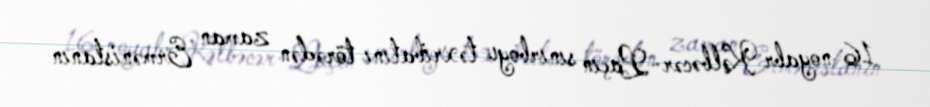
16 noyabr Kəlbəcər-Laçın sınırboyu təxribatını törədən zaman Ermənistanın